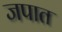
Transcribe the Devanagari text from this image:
जपात